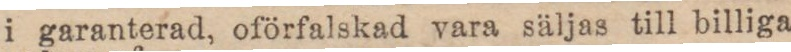
i garanterad, oförfalskad vara säljas till billiga